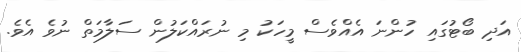
އަދި ބޯޓުގައި ހުންނަ އެއްވެސް މީހަކު މި ނުރައްކަލުން ސަލާމަތް ނުވެ އެެވެ.